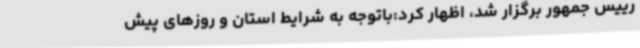
رییس جمهور برگزار شد، اظهار کرد:باتوجه به شرایط استان و روزهای پیش